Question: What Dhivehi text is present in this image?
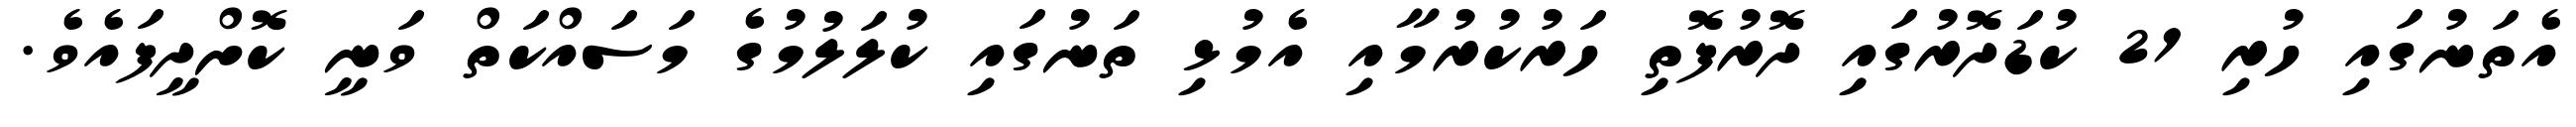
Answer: އެތަނުގައި ހުރި 21 ކުޑަދޮރުގައި ދޮރުފޮތި ހަރުކުރުމާއި އެމުޅި ތަނުގައި ކުލަލުމުގެ މަސައްކަތް ވަނީ ކޮށްދީފައެވެ.